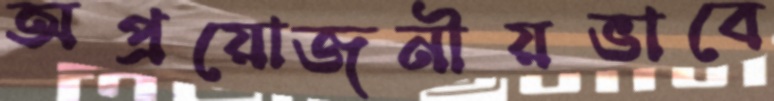
অপ্রয়োজনীয়ভাবে